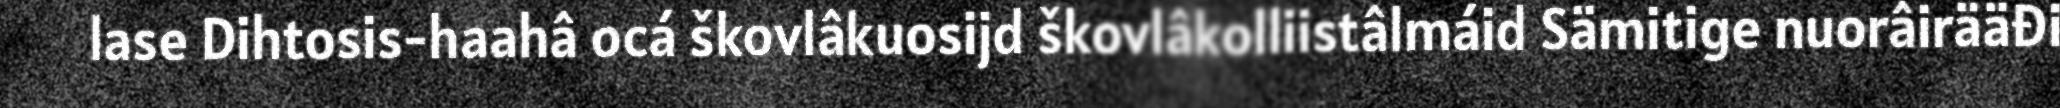
lase Dihtosis-haahâ ocá škovlâkuosijd škovlâkolliistâlmáid Sämitige nuorâirääđi